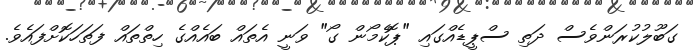
ގަބޫލުކުރަންވެސް ދަތި ސްޕީޑެއްގައި "ޕޮކެމޯން ގޯ" ވަނީ އެތައް ބައެއްގެ ހިތްތައް ފަތަހަކޮށްފައެވެ.